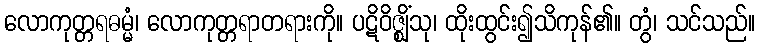
လောကုတ္တရဓမ္မံ၊ လောကုတ္တရာတရားကို။ ပဋိဝိဇ္ဈိံသု၊ ထိုးထွင်း၍သိကုန်၏။ တွံ၊ သင်သည်။